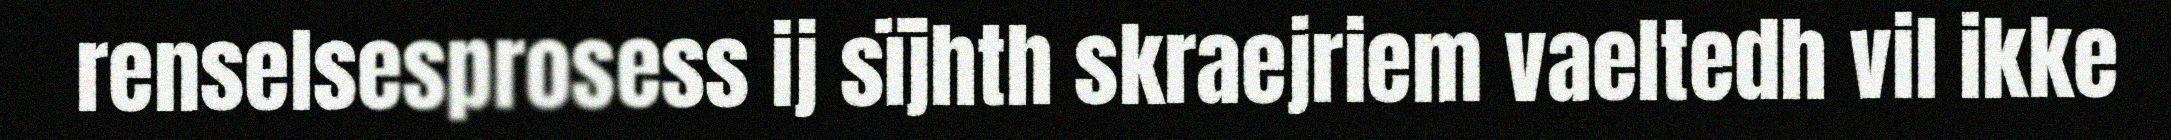
renselsesprosess ij sïjhth skraejriem vaeltedh vil ikke